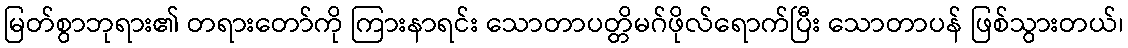
မြတ်စွာဘုရား၏ တရားတော်ကို ကြားနာရင်း သောတာပတ္တိမဂ်ဖိုလ်ရောက်ပြီး သောတာပန် ဖြစ်သွားတယ်၊